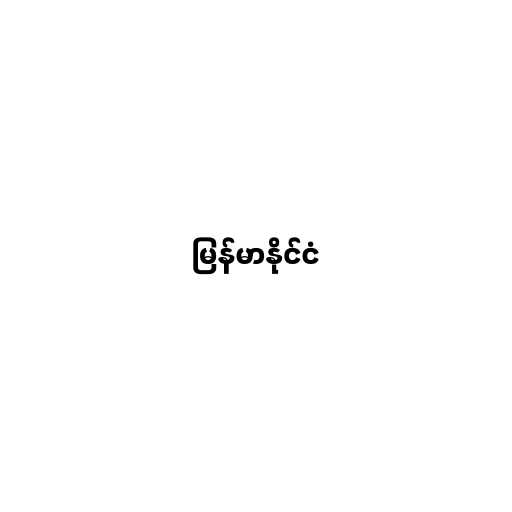
မြန်မာနိုင်ငံ